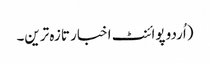
(اُردو پوائنٹ اخبار تازہ ترین۔